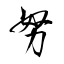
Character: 努